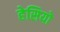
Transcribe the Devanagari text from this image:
हेसियो